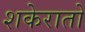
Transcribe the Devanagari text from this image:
शकेरातो